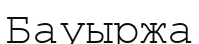
Бауыржа